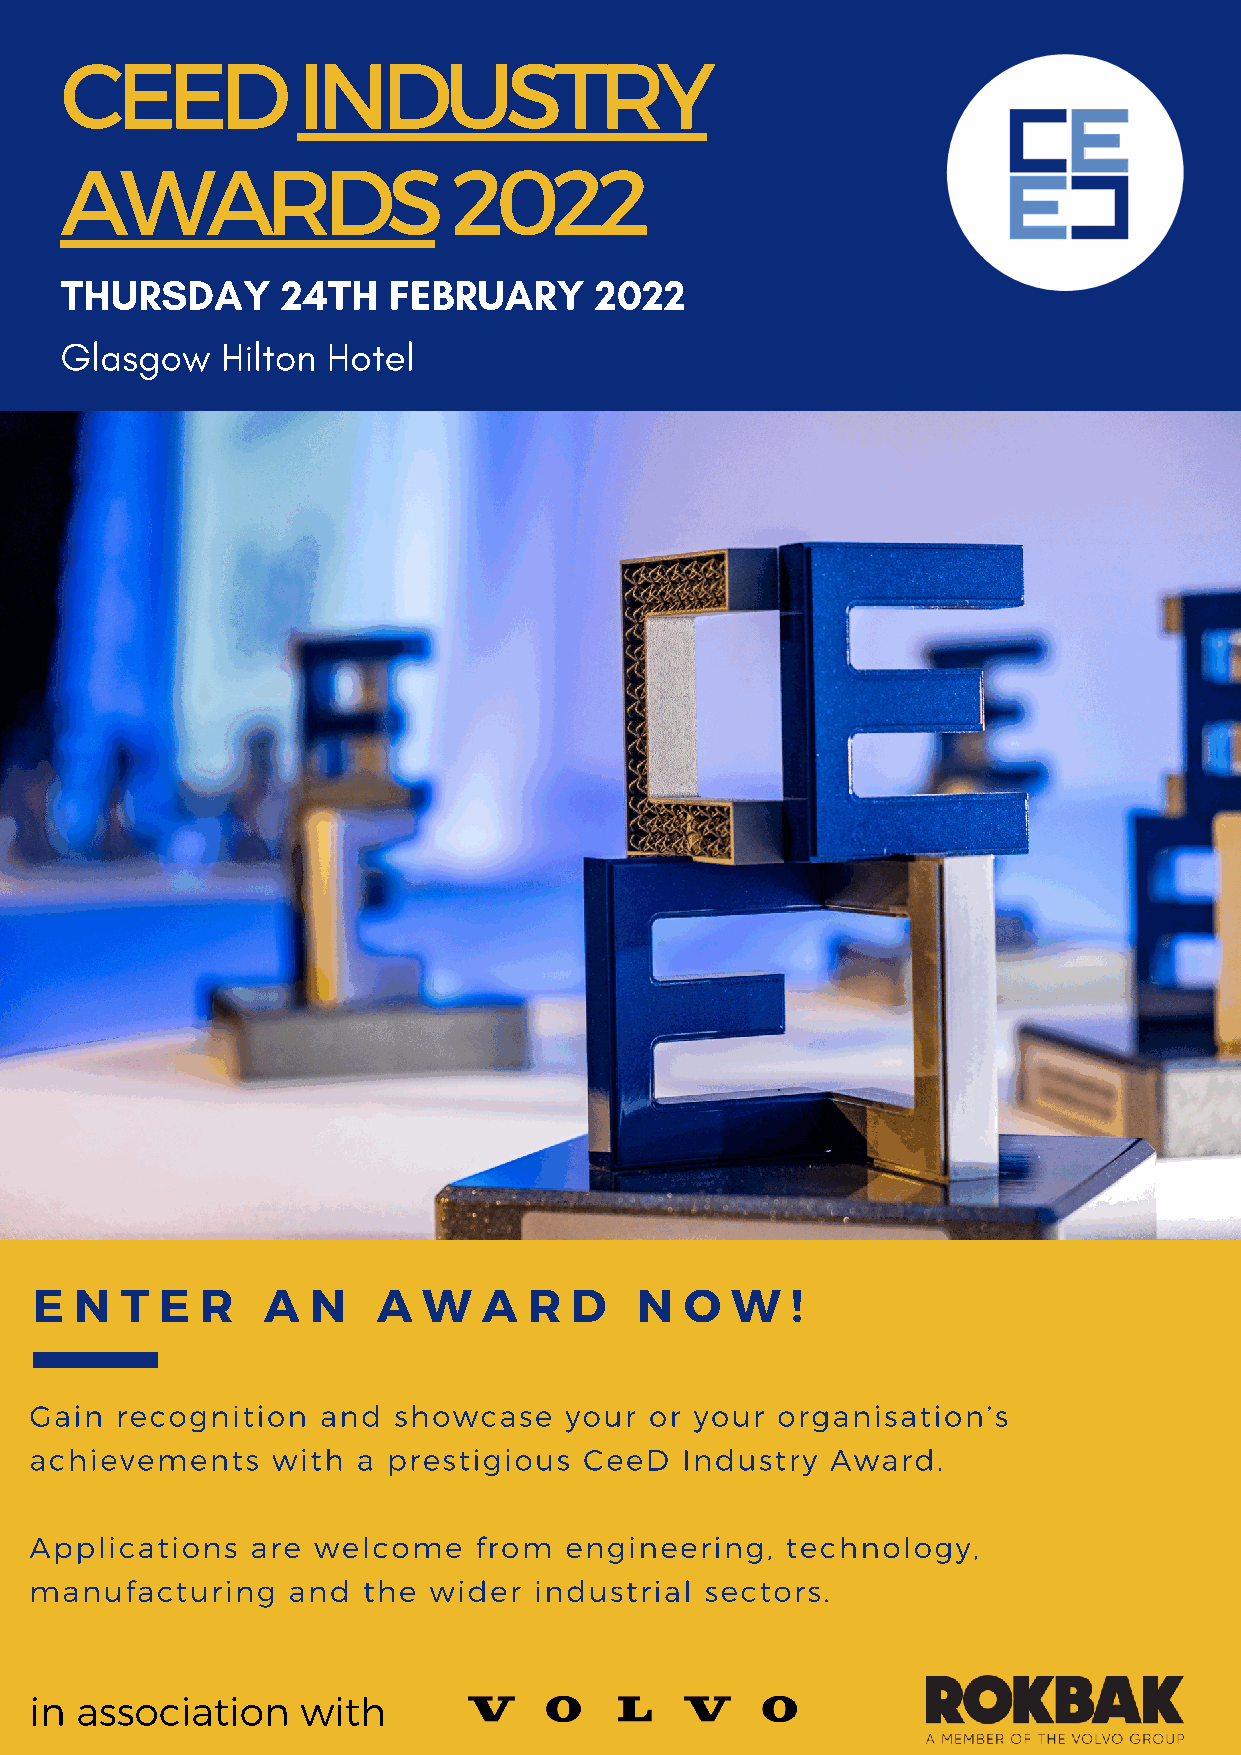
CEED            INDUSTRY
 AWARDS                    2022
 THURSDAY       24TH   FEBRUARY     2022
 Glasgow    Hilton Hotel
 E  N  T  E R   A  N    A  W   A  R  D   N  O  W   !
 Gain  recognition  and  showcase   your  or your organisation’s
 achievements    with  a prestigious  CeeD  Industry  Award.
 Applications   are welcome   from  engineering,   technology,
 manufacturing    and  the wider  industrial  sectors.
 in association    with